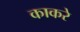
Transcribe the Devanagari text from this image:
काकरे